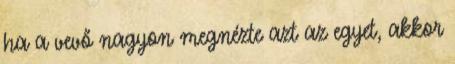
ha a vevő nagyon megnézte azt az egyet, akkor